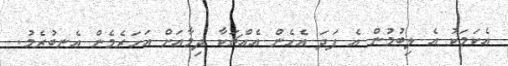
އެކަމަކު އެ ލިބުމުން އެ ފަދަ އެހެން އެއްޗަކާ ދިމާއަށް އަހަރެމެން އެނބުރެމު.